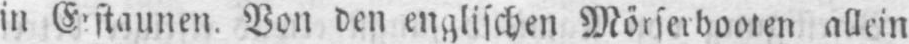
allein